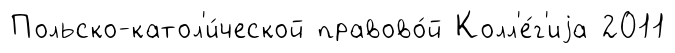
Польско-катол'и́ческой правово́й Колл'е́г'иjа 2011